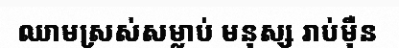
ឈាមស្រស់សម្លាប់ មនុស្ស រាប់ម៉ឺន